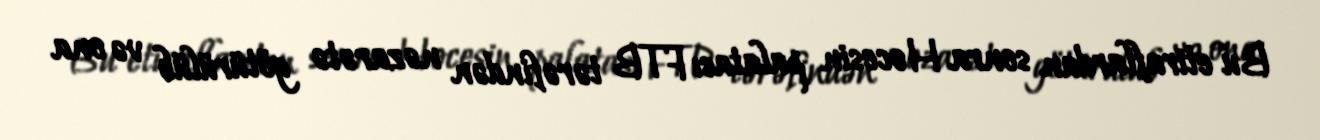
Bu etiraflardan sonra Hocesin palatası FTB tərəfindən nəzarətə götürülüb və ona